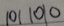
1 0 1 1 0 1 0